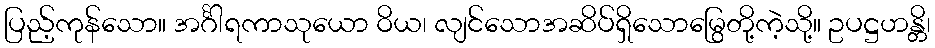
ပြည့်ကုန်သော။ အင်္ဂါရကာသုယော ဝိယ၊ လျင်သောအဆိပ်ရှိသောမြွေတို့ကဲ့သို့။ ဥပဋ္ဌဟန္တိ၊